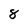
Character: 8